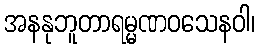
အနနုဘူတာရမ္မဏဝသေနဝါ၊